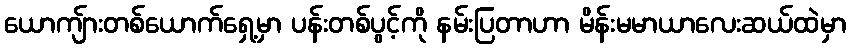
ယောကျ်ားတစ်ယောက်ရှေ့မှာ ပန်းတစ်ပွင့်ကို နမ်းပြတာဟာ မိန်းမမာယာလေးဆယ်ထဲမှာ